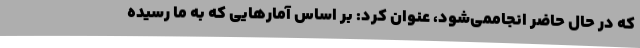
که در حال حاضر انجاممی‌شود، عنوان کرد: بر اساس آمارهایی که به ما رسیده